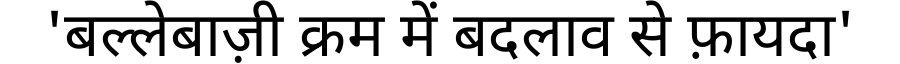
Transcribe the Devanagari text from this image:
'बल्लेबाज़ी क्रम में बदलाव से फ़ायदा'